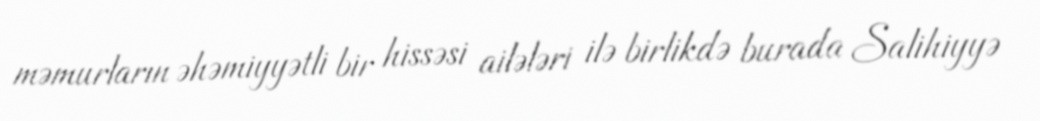
məmurların əhəmiyyətli bir hissəsi ailələri ilə birlikdə burada Salihiyyə